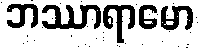
ဘဿာရာမော